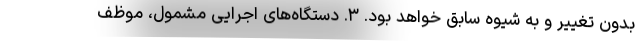
بدون تغییر و به شیوه سابق خواهد بود. ۳. دستگاه‌های اجرایی مشمول، موظف